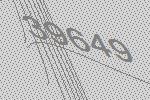
39649